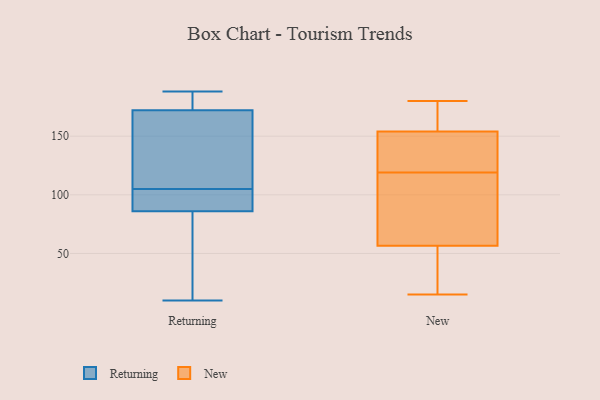
{"axis": {"x": "Active Users", "y": "Value"}, "legend": ["New", "Returning"], "data": [{"x": "", "y": 119, "type": "Returning"}, {"x": "", "y": 86, "type": "Returning"}, {"x": "", "y": 184, "type": "Returning"}, {"x": "", "y": 118, "type": "Returning"}, {"x": "", "y": 92, "type": "Returning"}, {"x": "", "y": 75, "type": "Returning"}, {"x": "", "y": 92, "type": "Returning"}, {"x": "", "y": 10, "type": "Returning"}, {"x": "", "y": 188, "type": "Returning"}, {"x": "", "y": 172, "type": "Returning"}, {"x": "", "y": 48, "type": "New"}, {"x": "", "y": 94, "type": "New"}, {"x": "", "y": 156, "type": "New"}, {"x": "", "y": 157, "type": "New"}, {"x": "", "y": 126, "type": "New"}, {"x": "", "y": 15, "type": "New"}, {"x": "", "y": 58, "type": "New"}, {"x": "", "y": 151, "type": "New"}, {"x": "", "y": 37, "type": "New"}, {"x": "", "y": 84, "type": "New"}, {"x": "", "y": 120, "type": "New"}, {"x": "", "y": 152, "type": "New"}, {"x": "", "y": 55, "type": "New"}, {"x": "", "y": 180, "type": "New"}, {"x": "", "y": 118, "type": "New"}, {"x": "", "y": 161, "type": "New"}]}